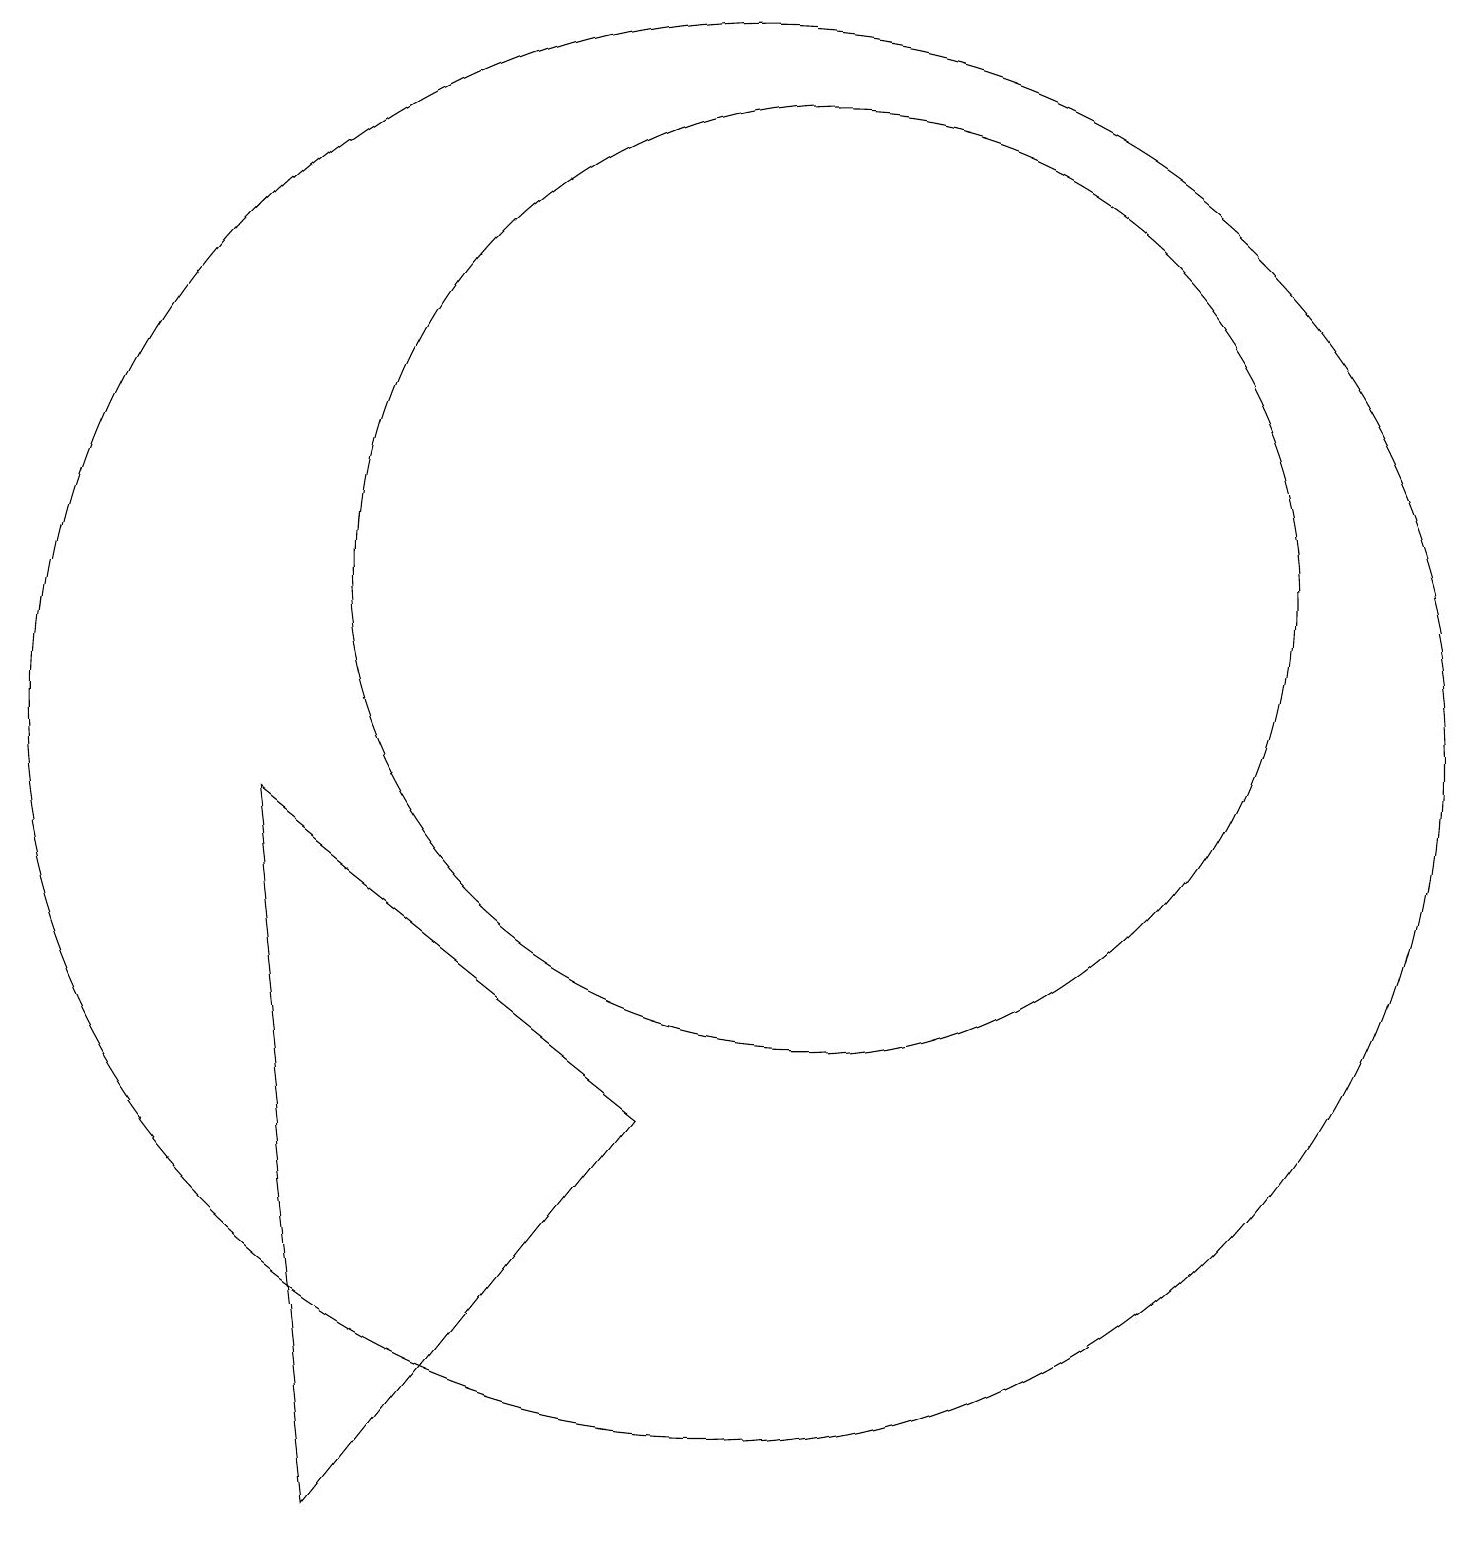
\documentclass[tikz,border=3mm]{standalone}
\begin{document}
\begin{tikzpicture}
\draw (11,12) circle (6);
\draw (10,10) circle (9);
\draw (5,0) -- (4,9) -- (9,5) -- cycle;
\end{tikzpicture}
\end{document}